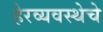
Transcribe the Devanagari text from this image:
हेरव्यवस्थेचे